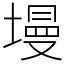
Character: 墁